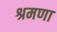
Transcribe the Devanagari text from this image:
श्रमणा